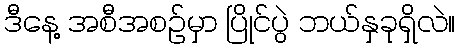
ဒီနေ့ အစီအစဉ်မှာ ပြိုင်ပွဲ ဘယ်နှခုရှိလဲ။